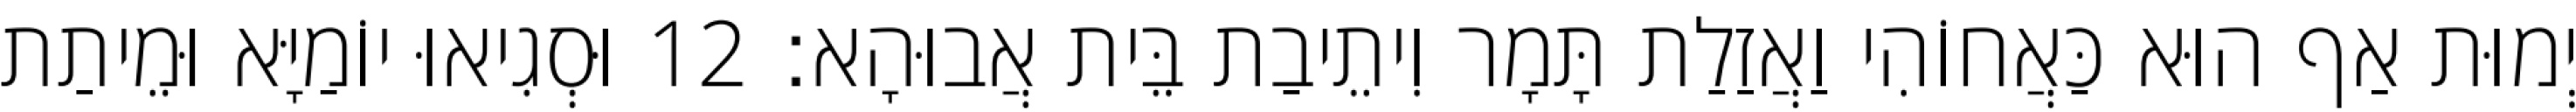
יְמוּת אַף הוּא כַּאֲחוֹהִי וַאֲזַלַת תָּמָר וִיתֵיבַת בֵּית אֲבוּהָא׃ 12 וּסְגִיאוּ יוֹמַיָּא וּמֵיתַת